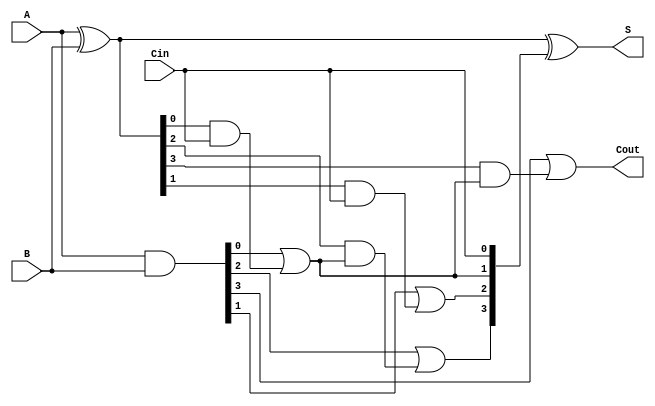
module brent_kung_adder #(parameter N = 4) (
    input [N-1:0] A,          // First input
    input [N-1:0] B,          // Second input
    input Cin,                // Carry-in
    output [N-1:0] S,         // Sum output
    output Cout               // Carry-out
);
    // Generate and Propagate signals
    wire [N-1:0] G, P;
    wire [N:0] C; // Carry array (C[0] = Cin, C[N] = Cout)

    assign G = A & B; // Generate signals
    assign P = A ^ B; // Propagate signals
    assign C[0] = Cin; // Initial carry in

    // Level 1
    genvar i;
    generate
        for (i = 0; i < N/2; i = i + 1) begin : gen_level1
            assign C[i*2 + 1] = G[i*2] | (P[i*2] & C[i]);
            assign C[i*2 + 2] = G[i*2 + 1] | (P[i*2 + 1] & C[i]);
        end
    endgenerate

    // Level 2
    generate
        if (N > 4) begin
            for (i = 0; i < N/4; i = i + 1) begin : gen_level2
                assign C[i*4 + 3] = G[i*4 + 2] | (P[i*4 + 2] & C[i*2 + 1]);
                assign C[i*4 + 4] = G[i*4 + 3] | (P[i*4 + 3] & C[i*2 + 1]);
            end
        end
    endgenerate

    // Additional levels can be added here for larger N

    // Final carry-out
    assign Cout = C[N];

    // Sum Calculation
    assign S = P ^ C[N-1:0];

endmodule